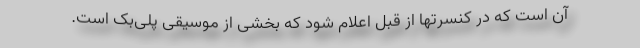
آن است که در کنسرتها از قبل اعلام شود که بخشی از موسیقی پلی‌بک است.